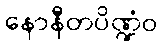
နောနီတပိဏ္ဍံဝ